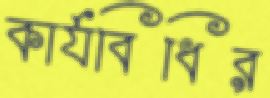
কার্যবিধির